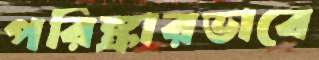
পরিষ্কারভাবে